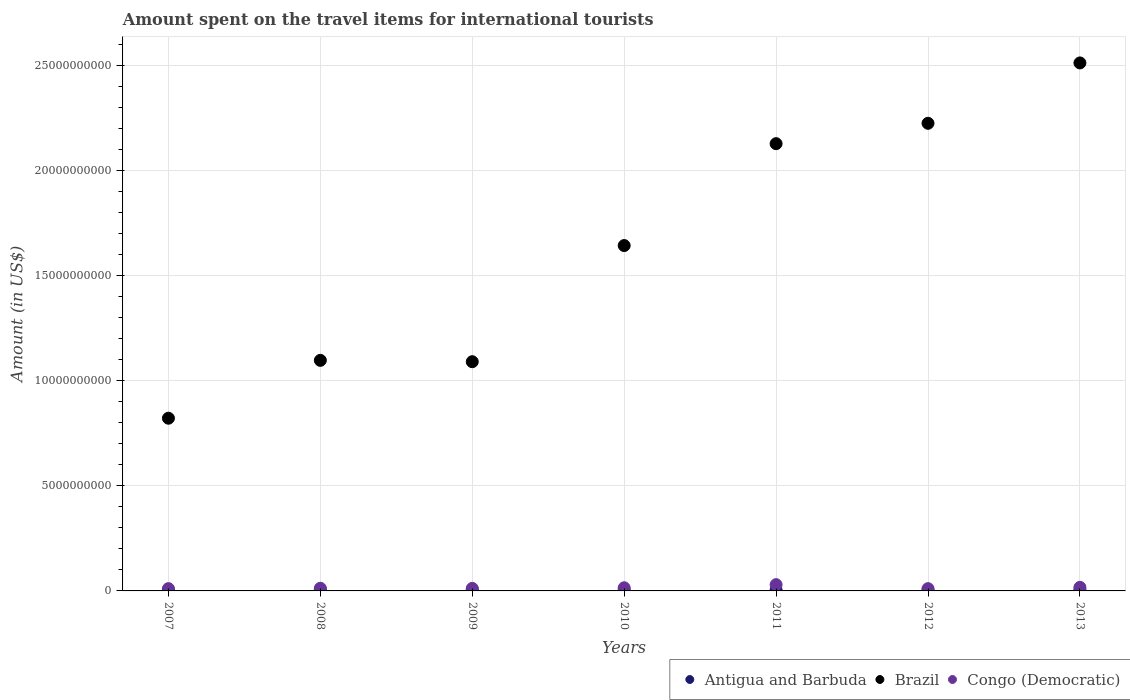
| Years | Antigua and Barbuda | Brazil | Congo (Democratic) |
 | --- | --- | --- | --- |
 | 2007 | 5.2e+07 | 8.21e+09 | 1.09e+08 |
 | 2008 | 5.8e+07 | 1.1e+10 | 1.27e+08 |
 | 2009 | 5.4e+07 | 1.09e+10 | 1.21e+08 |
 | 2010 | 5.1e+07 | 1.64e+10 | 1.5e+08 |
 | 2011 | 4.9e+07 | 2.13e+10 | 2.98e+08 |
 | 2012 | 4.9e+07 | 2.22e+10 | 1.08e+08 |
 | 2013 | 5e+07 | 2.51e+10 | 1.7e+08 |